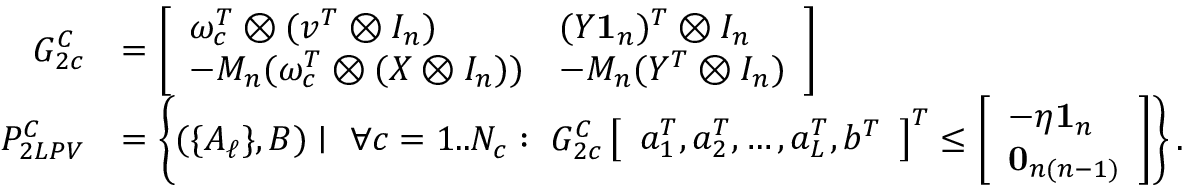
\begin{array} { r l } { G _ { 2 c } ^ { C } } & { = \left[ \begin{array} { l l } { \omega _ { c } ^ { T } \otimes ( v ^ { T } \otimes I _ { n } ) } & { ( Y \mathbf { 1 } _ { n } ) ^ { T } \otimes I _ { n } } \\ { - M _ { n } ( \omega _ { c } ^ { T } \otimes ( X \otimes I _ { n } ) ) } & { - M _ { n } ( Y ^ { T } \otimes I _ { n } ) } \end{array} \right] } \\ { P _ { 2 L P V } ^ { C } } & { = \left\{ ( \{ A _ { \ell } \} , B ) \mid \ \forall c = 1 . . N _ { c } : \ G _ { 2 c } ^ { C } \left[ \begin{array} { l } { a _ { 1 } ^ { T } , a _ { 2 } ^ { T } , \ldots , a _ { L } ^ { T } , b ^ { T } } \end{array} \right] ^ { T } \leq \left[ \begin{array} { l } { - \eta \mathbf { 1 } _ { n } } \\ { \mathbf { 0 } _ { n ( n - 1 ) } } \end{array} \right] \right\} . } \end{array}